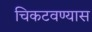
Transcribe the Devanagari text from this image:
चिकटवण्यास